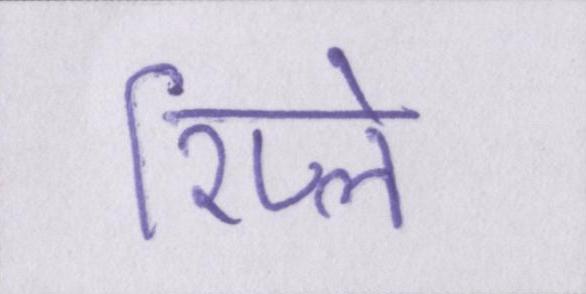
रिप्ले